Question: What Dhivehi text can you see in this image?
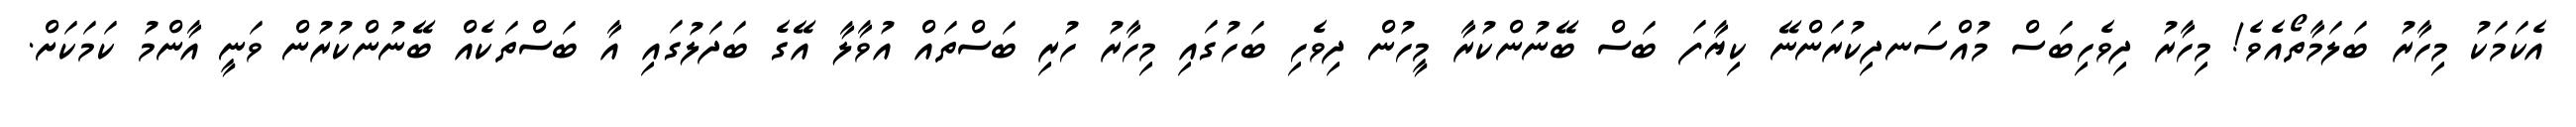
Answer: އެކަމަކު މިހާރު ބަލަމާތޯއެވެ! މިހާރު ދިވެހިބަސް މުއްސަނދިކުރަންނޭ ކިޔާފަ ބަސް ބޭނުންކުރާ މީހުން ދިވެހި ބަހުގައި މިހާރު ހުރި ބަސްތައް އުވާލާ އޭގެ ބަދަލުގައި އާ ބަސްތަކެއް ބޭނުންކުރުން ވަނީ އާންމު ކަމަކަށް.